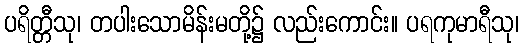
ပရိတ္တီသု၊ တပါးသောမိန်းမတို့၌ လည်းကောင်း။ ပရကုမာရီသု၊